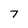
Character: 7